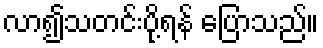
လာ၍သတင်းပို့ရန် ပြောသည်။